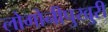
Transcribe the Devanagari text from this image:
लोगोनीपुखुरी